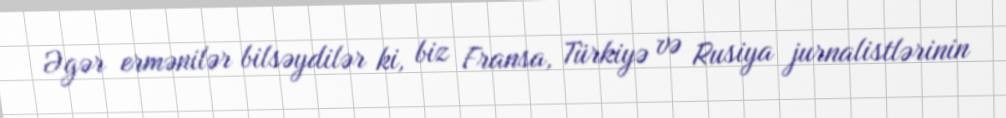
Əgər ermənilər bilsəydilər ki, biz Fransa, Türkiyə və Rusiya jurnalistlərinin